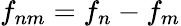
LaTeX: f_{nm}=f_{n}-f_{m}